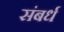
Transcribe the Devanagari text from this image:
संबर्ध